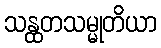
သန္ထတသမ္မုတိယာ